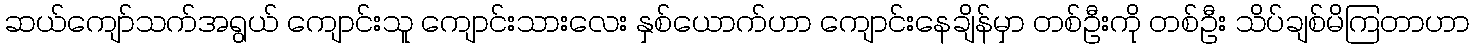
ဆယ်ကျော်သက်အရွယ် ကျောင်းသူ ကျောင်းသားလေး နှစ်ယောက်ဟာ ကျောင်းနေချိန်မှာ တစ်ဦးကို တစ်ဦး သိပ်ချစ်မိကြတာဟာ